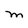
Character: M